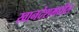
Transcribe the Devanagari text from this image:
खानदेशमधील